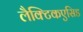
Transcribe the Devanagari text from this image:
लैक्टिकएसिड